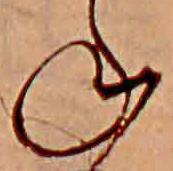
ね